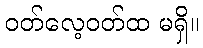
ဝတ်လေ့ဝတ်ထ မရှိ။